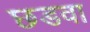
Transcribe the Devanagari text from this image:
छडवा